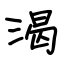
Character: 渴